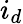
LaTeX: i_{d}